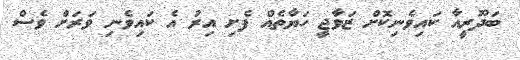
ބަދޫރީއާ ކައިވެނިކޮށް ޒަވާޖީ ހަޔާތެއް ފެށި އިރު އެ ކައިވެނި ވަރަށް ވެސް